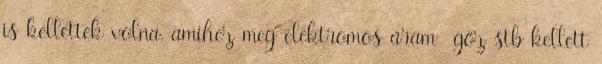
is kellettek volna, amihez meg elektromos áram gőz stb kellett